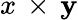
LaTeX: x\, \times\, \mathbf{y}